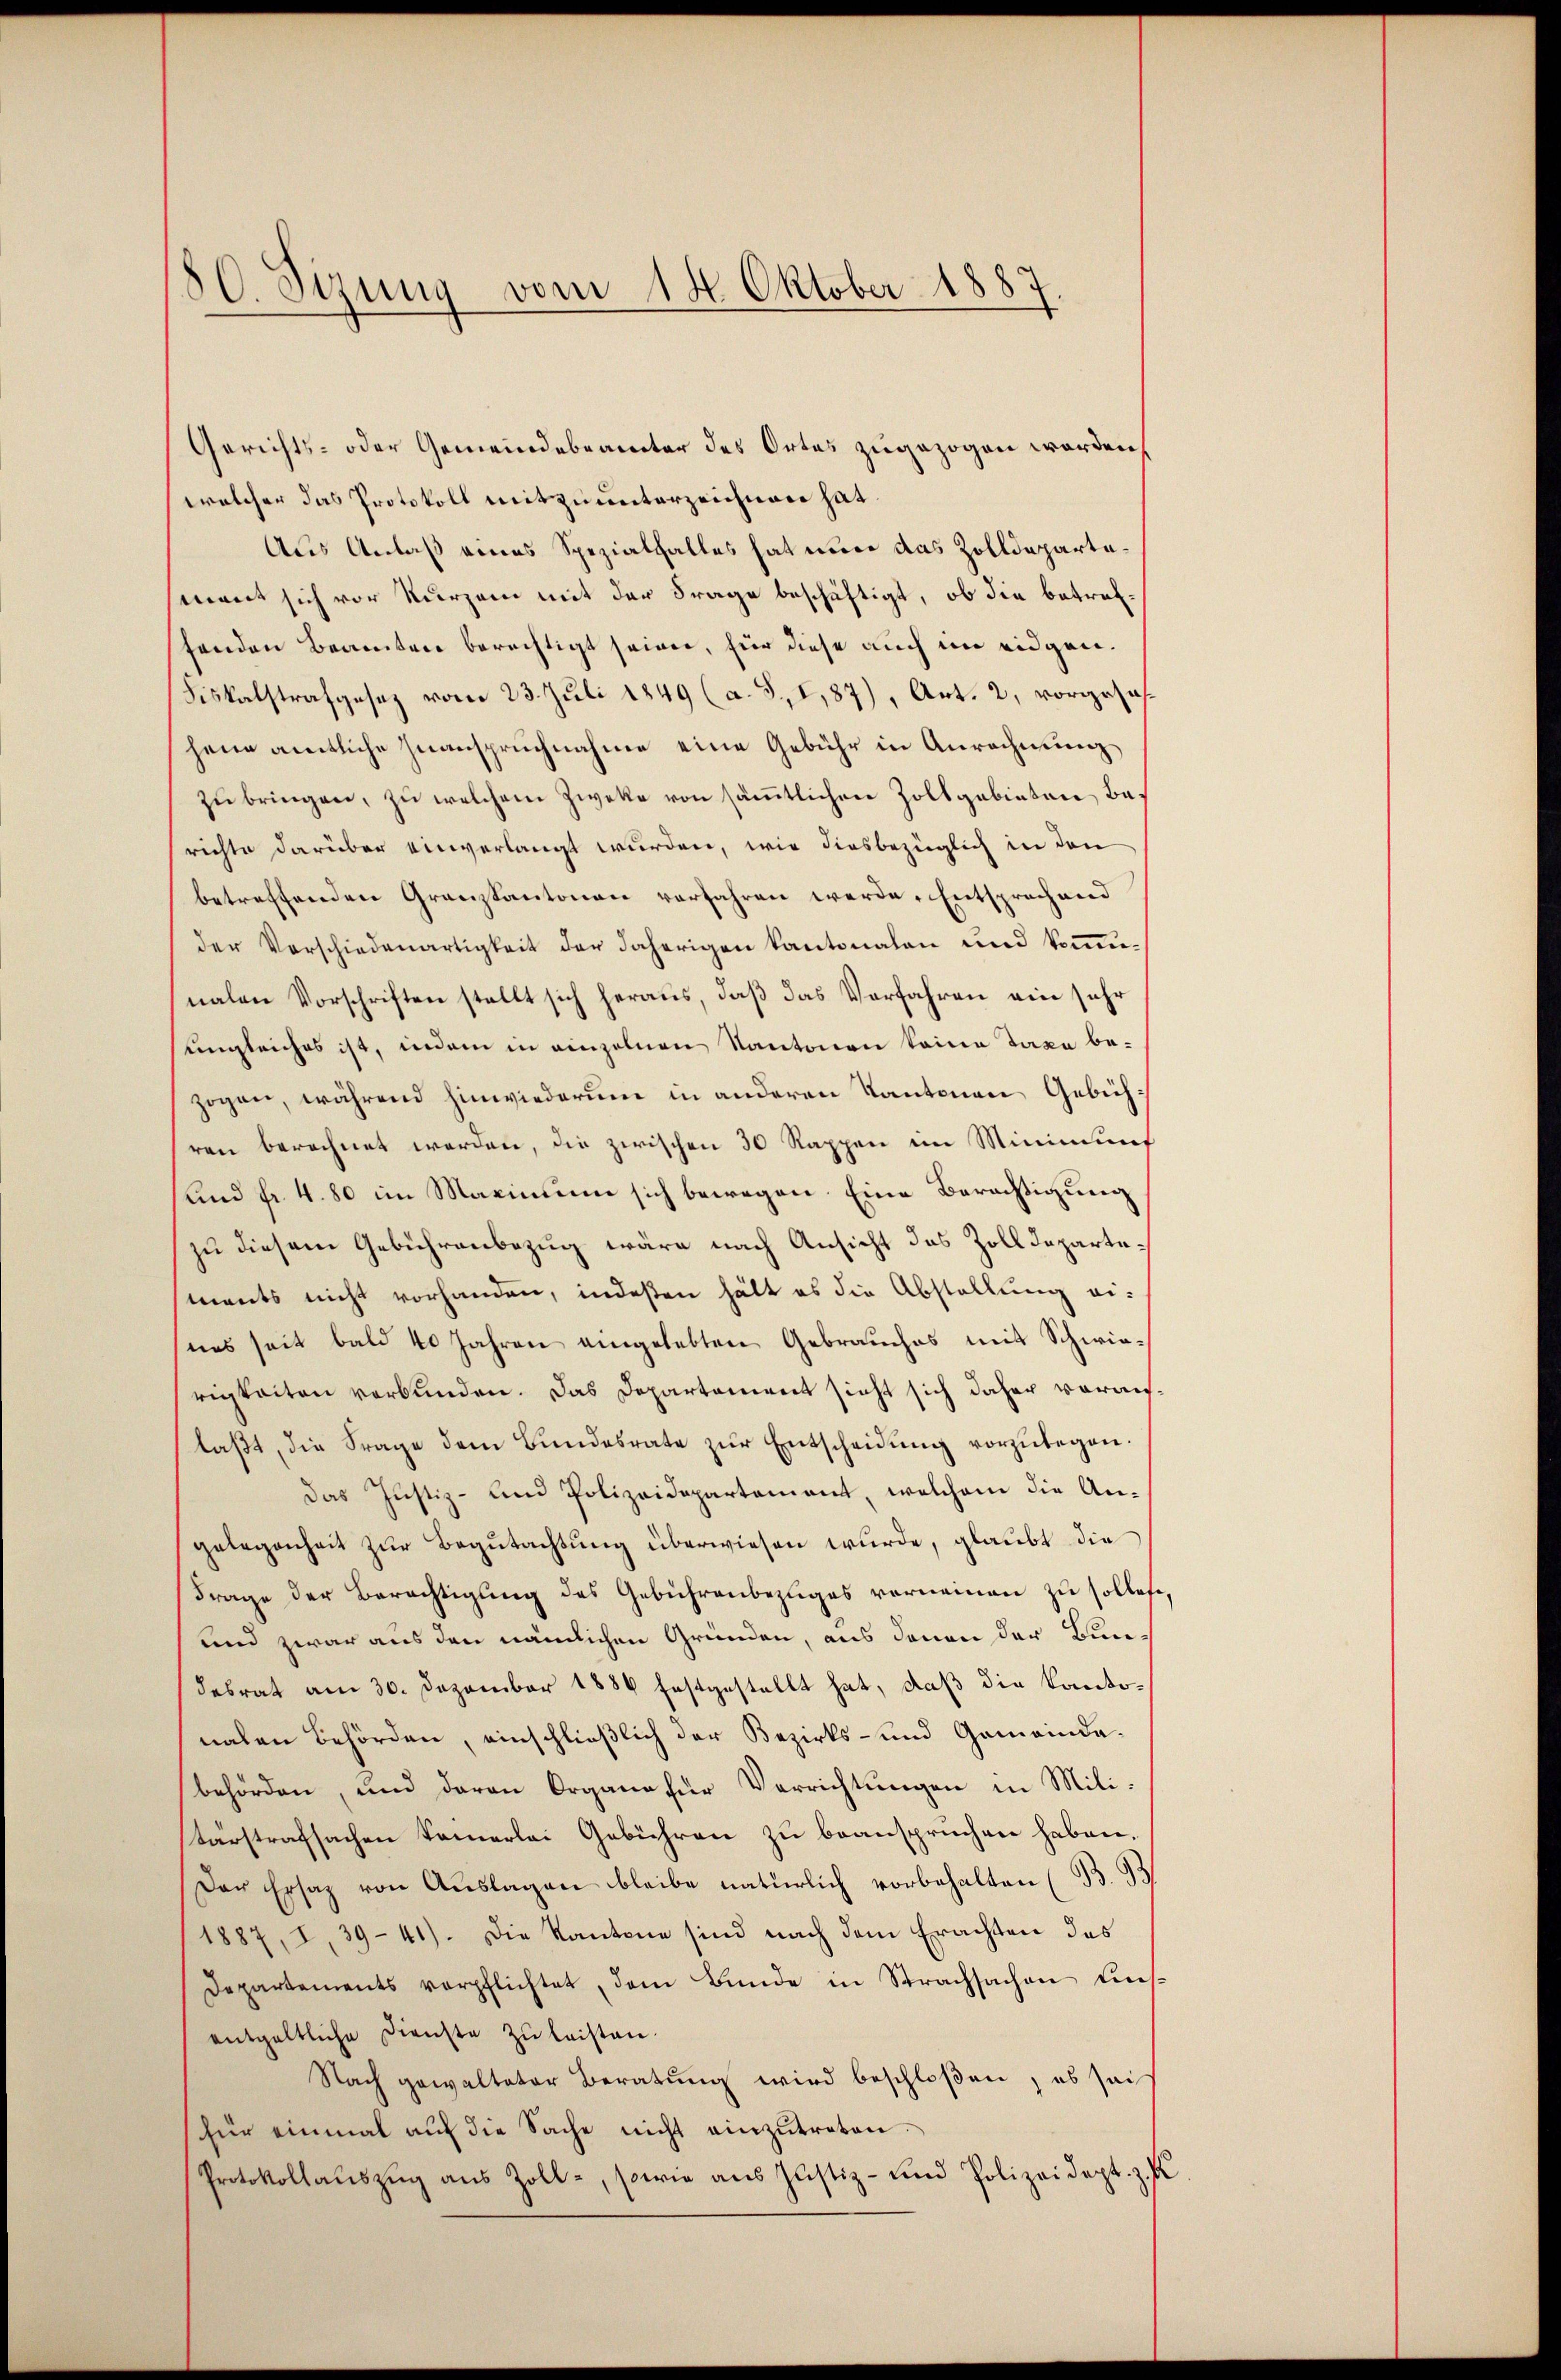
80. Sizung vom 14. Oktober 1887.

Gerichts- oder Gemeindebeamter des Ortes zugezogen worden,
welcher das Protokoll mit zuunterzeichnen hat
Aus Anlaß eines Spezialfalles hat nur das Zolldepartemant sich vor kurzem mit der Frage beschäftigt, ob die betreffenden Beamten berechtigt seien, für diese auch im eidgen.
Fiskalstrafgesez vom 23. Juli 1849 (a. S., I,87), Art. 2, vorgesehhene amtliche Inanspruchnahme eine Gebühr in Anrechnung
zu bringen, zu welchem Zwecke von sämtlichen Zollgebieten, berichte darüber einverlangt wurden, wie diesbezüglich in den
betreffenden Granzkantonen verfahren werde. Entsprochend
der Vorschiedenartigkeit der daherigen kantonalen und kommunalen Vorschriften stellt sich heraus, daß das Verfahren ein sehr
ungleiches ist, indem in einzelnen Kantonen keine Taxa be-
zogen, während hinwiederum in anderen Kantonen Gebühren berechnet werden, die zwischen 30 Rappen im Minimung
und fr. 4.80 im Maximum sich bewegen. Eine Berechtigung
zu diesem Gebührenbezug wäre nach Ansicht das Zolldepartements nicht vorhanden, indeßen hält es die Abstellung eines seit bald 40 Jahren eingelebten Gebrauches mit Schwie-
rigkeiten verbunden. Das Departament sicht sich daher vorauflaßt, die Frage dem Bundesrate zur Entscheidung vorzulegen¬
Das Justiz- und Polizeidepartement, welchem die Angelegenheit zur Begutachtung überwiesen wurde, glaubt die
Frage der Berechtigung des Gebührenbezuges vorneinen zu sollete,
und zwar aus den nämlichen Gründen, aus denen der Bundesrat am 30. Dezember 1886 festgestellt hat, daß die Kantonahen Behörden, einschließlich der Bezirks- und Gemeindabehörden, und daran Organe für Verrichtungen in Militärstrafsachen Kamerlei Gebühren zu beanspruchen haben.
Der Ersaz von Auslagen bleibe natürlich vorbehalten (B. 93
1887, I, 39-41). Die Kantone sind nach dem Erachten des
Departements verpflichtet, dem Bunde in Strachsachen Lis
entgeltliche Dienste zŭ leisten.
Nach gewalteter Beratung wird beschloßen, es sei
für einmal auf die Sache nicht einzutreten.
Protokollaŭszŭg ans Zoll-, sowie aus Justiz- und Polizeidept. z. B.

.